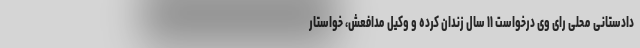
دادستانی محلی رای وی درخواست ۱۱ سال زندان کرده و وکیل مدافعش، خواستار